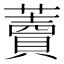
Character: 藚